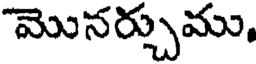
మొనర్చుము,